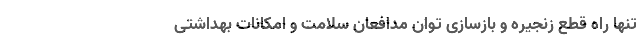
تنها راه قطع زنجیره و بازسازی توان مدافعان سلامت و امکانات بهداشتی